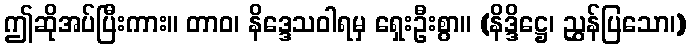
ဤဆိုအပ်ပြီးကား။ တာဝ၊ နိဒ္ဒေသဝါရမှ ရှေးဦးစွာ။ (နိဒ္ဒိဋ္ဌေ၊ ညွှန်ပြသော၊)